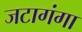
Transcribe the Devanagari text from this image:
जटागंगा